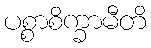
ပစ္စာစိက္ခာမီတိ